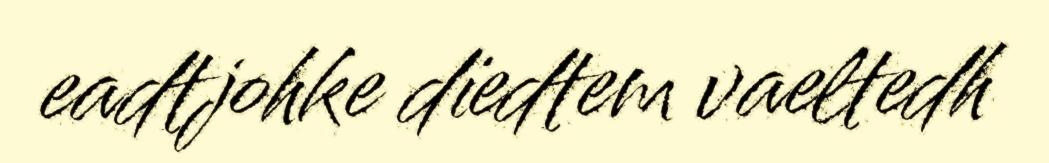
eadtjohke dïedtem vaeltedh